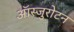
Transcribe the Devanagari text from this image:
ऑस्जुरोटन